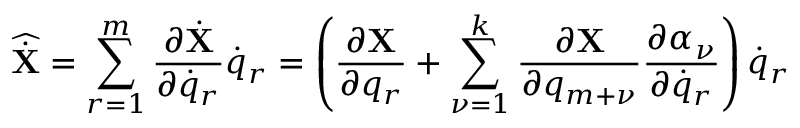
{ \widehat { \dot { \bf X } } } = \sum _ { r = 1 } ^ { m } \frac { \partial { \dot { \bf X } } } { \partial { \dot { q } } _ { r } } { \dot { q } } _ { r } = \left( \frac { \partial { \bf X } } { \partial q _ { r } } + \sum _ { \nu = 1 } ^ { k } \frac { \partial { \bf X } } { \partial q _ { m + \nu } } \frac { \partial \alpha _ { \nu } } { \partial { \dot { q } } _ { r } } \right) { \dot { q } } _ { r }